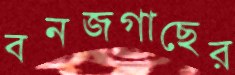
বনজগাছের